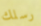
رسلك